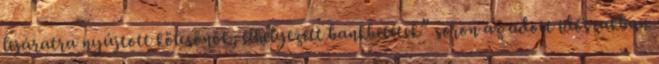
lejáratra nyújtott kölcsönök, elhelyezett bankbetétek” soron az adott időszakban